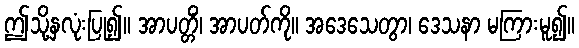
ဤသို့နှလုံးပြု၍။ အာပတ္တိံ၊ အာပတ်ကို။ အဒေသေတွာ၊ ဒေသနာ မကြားမူ၍။